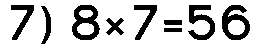
7) 8×7=56